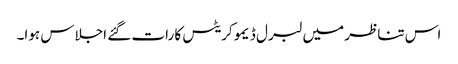
اس تناظر میں لبرل ڈیمو کریٹس کا رات گئے اجلاس ہوا۔